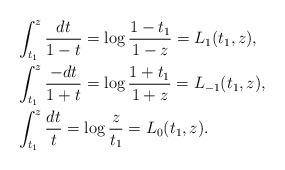
LaTeX: \begin{align*}&\int_{t_1}^z \frac{dt}{1-t}=\log \frac{1-t_1}{1-z}=L_1(t_1,z),\\&\int_{t_1}^z \frac{-dt}{1+t}=\log \frac{1+t_1}{1+z}=L_{-1}(t_1,z),\\&\int_{t_1}^z \frac{dt}{t}=\log \frac{z}{t_1}=L_0(t_1,z).\end{align*}